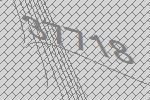
37718